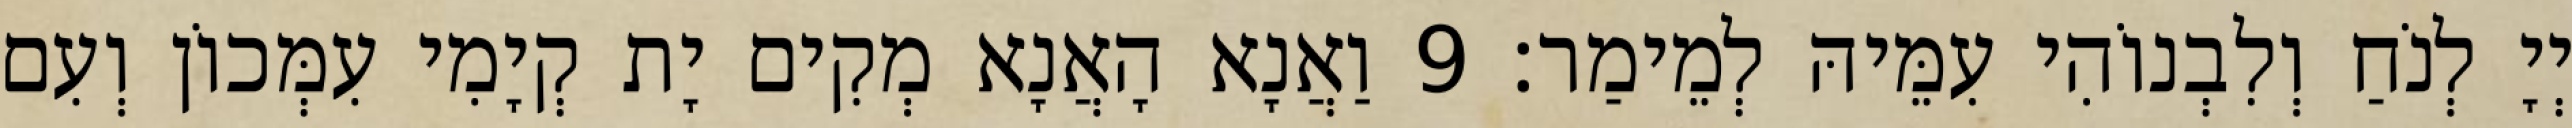
יְיָ לְנֹחַ וְלִבְנוֹהִי עִמֵּיהּ לְמֵימַר׃ 9 וַאֲנָא הָאֲנָא מְקִים יָת קְיָמִי עִמְּכוֹן וְעִם